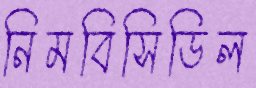
নিমবিসিডিল